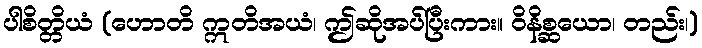
ပါစိတ္တိယံ (ဟောတိ ဣတိအယံ၊ ဤဆိုအပ်ပြီးကား။ ဝိနိစ္ဆယော၊ တည်း၊)